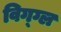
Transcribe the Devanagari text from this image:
विग्ग्ल